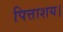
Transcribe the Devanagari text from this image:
पित्ताशय।